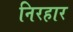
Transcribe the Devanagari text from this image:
निरहार